Annual administration report of the Civil Veterinary Department of India - 1896-1897
Year: 1896
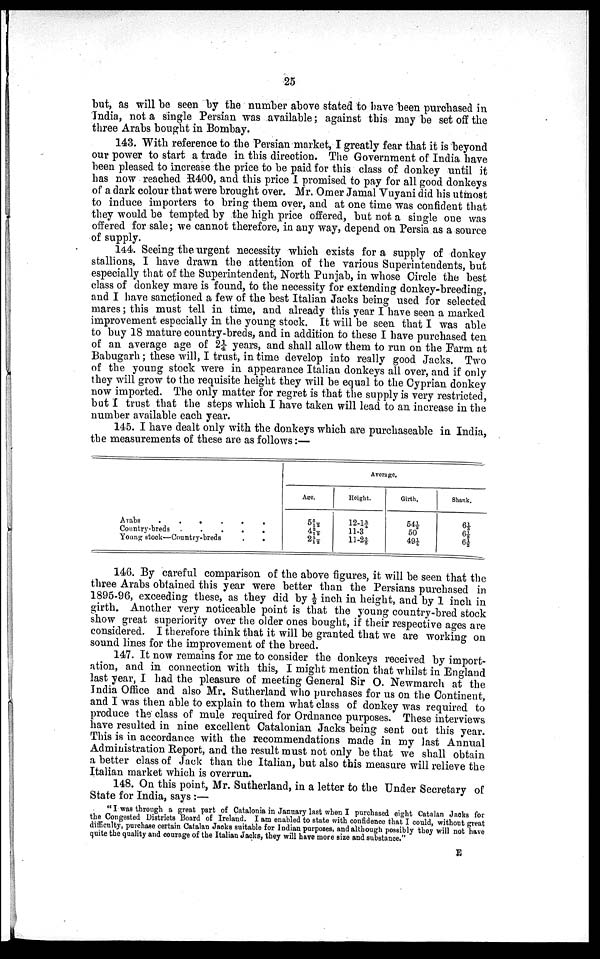
25
but, as will be seen by the number above stated to have been purchased in
India, not a single Persian was available; against this may be set off the
three Arabs bought in Bombay.
143. With reference to the Persian market, I greatly fear that it is beyond
our power to start a trade in this direction. The Government of India have
been pleased to increase the price to be paid for this class of donkey until it
has now reached R400, and this price I promised to pay for all good donkeys
of a dark colour that were brought over. Mr. Omer Jamal Vuyani did his utmost
to induce importers to bring them over, and at one time was confident that
they would be tempted by the high price offered, but not a single one was
offered for sale; we cannot therefore, in any way, depend on Persia as a source
of supply.
144. Seeing the urgent necessity which exists for a supply of donkey
stallions, I have drawn the attention of the various Superintendents, but
especially that of the Superintendent, North Punjab, in whose Circle the best
class of donkey mare is found, to the necessity for extending donkey-breeding,
and I have sanctioned a few of the best Italian Jacks being used for selected
mares; this must tell in time, and already this year I have seen a marked
improvement especially in the young stock. It will be seen that I was able
to buy 18 mature country-breds, and in addition to these I have purchased ten
of an average age of 2¼ years, and shall allow them to run on the Farm at
Babugarh; these will, I trust, in time develop into really good Jacks. Two
of the young stock were in appearance Italian donkeys all over, and if only
they will grow to the requisite height they will be equal to the Cyprian donkey
now imported. The only matter for regret is that the supply is very restricted,
but I trust that the steps which I have taken will lead to an increase in the
number available each year.
145. I have dealt only with the donkeys which are purchaseable in India,
the measurements of these are as follows:—
Arabs
.
.
.
.
.
Country-breds .
.
.
.
.
Young stock—Country-breds
.
.
Average.
Age.
5 5/12
4 2/12
2 3/12
Height.
12-1 ¾
11-3
11-2 4/5
Girth.
54½
50
49¼
Shank.
6⅓
6½
6½
146. By careful comparison of the above figures, it will be seen that the
three Arabs obtained this year were better than the Persians purchased in
1895-96, exceeding these, as they did by ½ inch in height, and by 1 inch in
girth. Another very noticeable point is that the young country-bred stock
show great superiority over the older ones bought, if their respective ages are
considered. I therefore think that it will be granted that we are working on
sound lines for the improvement of the breed.
147. It now remains for me to consider the donkeys received by import
ation, and in connection with this, I might mention that whilst in England
last year, I had the pleasure of meeting General Sir O. Newmarch at the
India Office and also Mr. Sutherland who purchases for us on the Continent,
and I was then able to explain to them what class of donkey was required to
produce the class of mule required for Ordnance purposes. These interviews
have resulted in nine excellent Catalonian Jacks being sent out this year.
This is in accordance with the recommendations made in my last Annual
Administration Report, and the result must not only be that we shall obtain
a better class of Jack than the Italian, but also this measure will relieve the
Italian market which is overrun.
148. On this point, Mr. Sutherland, in a letter to the Under Secretary of
State for India, says:—
"I was through a great part of Catalonia in January last when I purchased eight Catalan Jacks for
the Congested Districts Board of Ireland. I am enabled to state with confidence that I could, without great
difficulty, purchase certain Catalan Jacks suitable for Indian purposes, and although possibly they will not have
quite the quality and courage of the Italian Jacks, they will have more size and substance,"
E